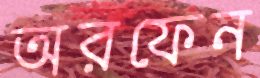
অরফেন